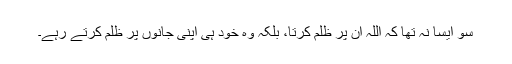
سو ایسا نہ تھا کہ اللہ اُن پر ظلم کرتا، بلکہ وہ خود ہی اپنی جانوں پر ظلم کرتے رہے۔